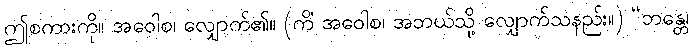
ဤစကားကို။ အဝေါစ၊ လျှောက်၏။ (ကိံ အဝေါစ၊ အဘယ်သို့ လျှောက်သနည်း။) “ဘန္တေ၊